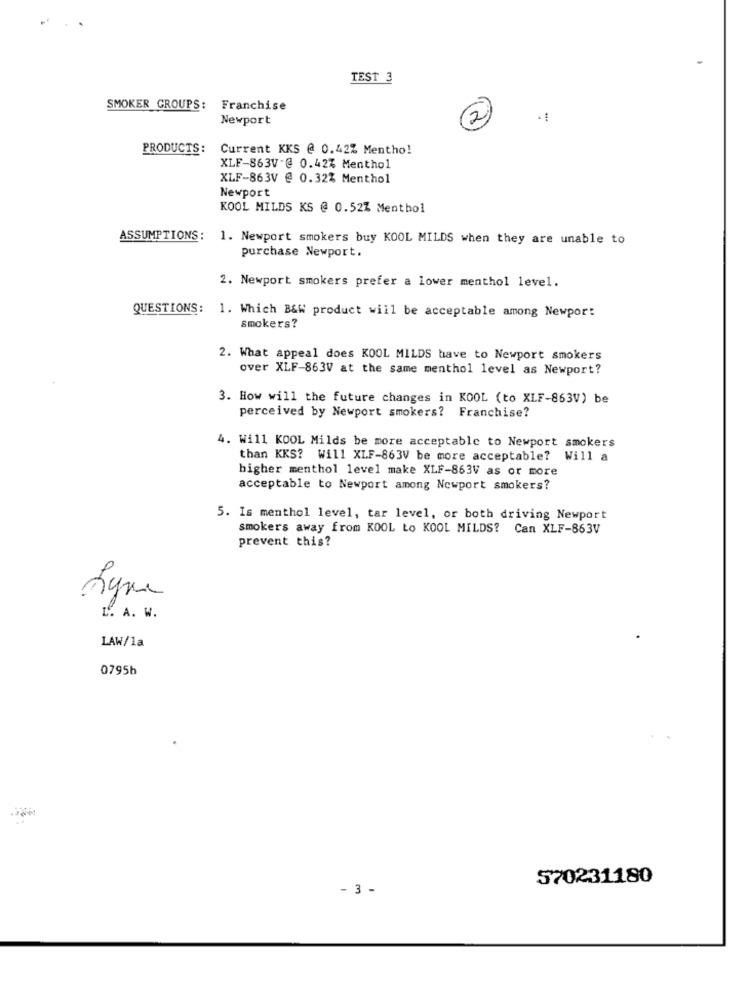
TEST 3
SMOKER GROUPS: Franchise
Newport
-
2
PRODUCTS:
Current KKS @ 0.42% Mentho!
XLF-863V-@ 0.42% Menthol
XLF-863V @ 0.32% Menthol
Newport
KOOL MILDS KS @ 0.52% Menthol
ASSUMPTIONS: 1. Newport smokers buy KOOL MILDS when they are unable to
purchase Newport.
2. Newport smokers prefer a lower menthol level.
QUESTIONS:
1. Which B&W product will be acceptable among Newpor:
smokers?
2. What appeal does KOOL MILDS have to Newport smokers
over XLF-863V at the same menthol level as Newport?
3. How will the future changes in KOOL (to XLF-863V) be
perceived by Newport smokers? Franchise?
4. Will KOOL Milds be more acceptable to Newport smokers
than KKS? Will XLF-863V be more acceptable? Will a
bigher menthol level make XLF-863V as or more
acceptable to Newport among Newport smokers?
5. Is menthol level, tar level, or both driving Newport
smokers away from KOOL Ło KOOL MILDS? Can XLF-863V
prevent this?
L. A. W.
LAW/1a
0795h
570231180
- 3 -